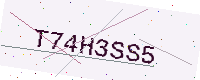
Text: T74H3SS5